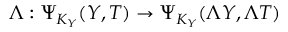
\Lambda : \Psi _ { K _ { Y } } ( Y , T ) \rightarrow \Psi _ { K _ { Y } } ( \Lambda Y , \Lambda T )